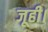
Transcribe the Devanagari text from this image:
जूही।